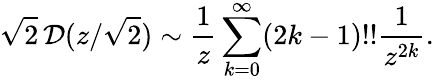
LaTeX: \sqrt 2\, \mathcal D(z/\sqrt 2)\sim\frac{1}{z}\sum_{k=0}^{\infty}(2k-1)!!\frac{1}{z^{2k}}.